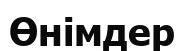
Өнімдер